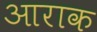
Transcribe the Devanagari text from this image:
आराक